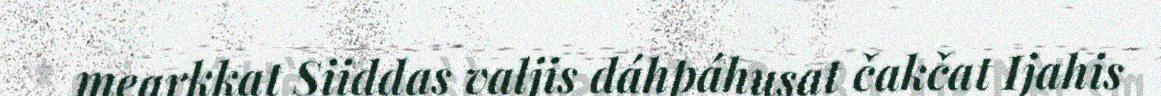
mearkkat Siiddas valjis dáhpáhusat čakčat Ijahis